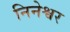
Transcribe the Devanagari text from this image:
निनेश्वर